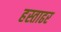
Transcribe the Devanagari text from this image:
हस्ताढर